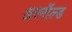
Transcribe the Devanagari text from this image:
अरनॉल्‍ड